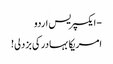
- ایکسپریس اردو
امریکا بہادر کی بزدلی!